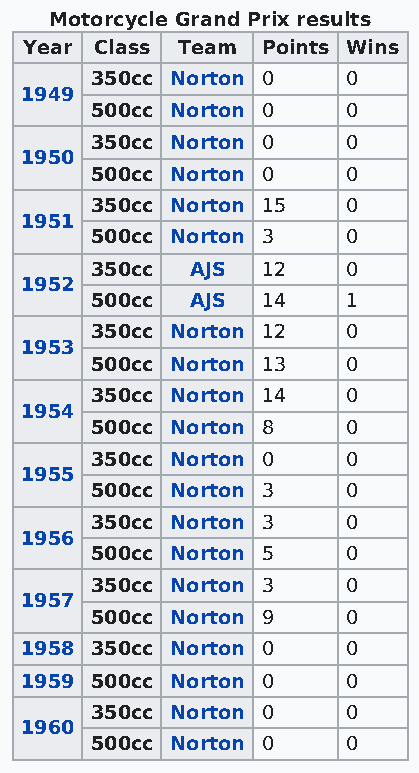
Motorcycle Grand Prix results
 Year Class Team Points Wins
 350cc Norton 0   0
 1949
 500cc Norton 0   0
 350cc Norton 0   0
 1950
 500cc Norton 0   0
 350cc Norton 15  0
 1951
 500cc Norton 3   0
 350cc  AJS 12    0
 1952
 500cc  AJS 14    1
 350cc Norton 12  0
 1953
 500cc Norton 13  0
 350cc Norton 14  0
 1954
 500cc Norton 8   0
 350cc Norton 0   0
 1955
 500cc Norton 3   0
 350cc Norton 3   0
 1956
 500cc Norton 5   0
 350cc Norton 3   0
 1957
 500cc Norton 9   0
 1958 350cc Norton 0   0
 1959 500cc Norton 0   0
 350cc Norton 0   0
 1960
 500cc Norton 0   0